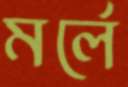
মর্লে